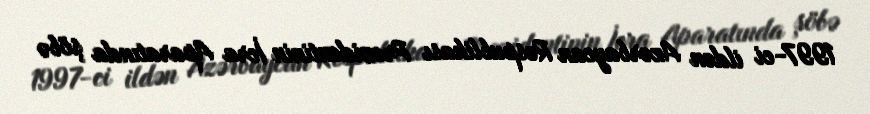
1997-ci ildən Azərbaycan Respublikası Prezidentinin İcra Aparatında şöbə